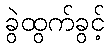
ခွဲထွက်ခွင့်